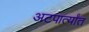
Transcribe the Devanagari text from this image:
अटपार्त्यांत